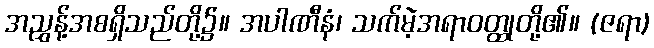
အညွှန့်အစရှိသည်တို့၌။ အပါဏီနံ၊ သက်မဲ့အရာဝတ္ထုတို့၏။ (ဇရာ)